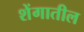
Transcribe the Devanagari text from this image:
शेंगातील